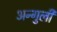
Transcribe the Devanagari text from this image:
अन्गुली